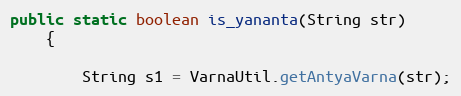
Language: Java
public static boolean is_yananta(String str)
    {

        String s1 = VarnaUtil.getAntyaVarna(str);